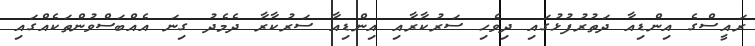
ރައީސްގެ އިންޑިއާ ދަތުރުފުޅުގައި ދިވެހި ސަރުކާރާއި އިންޑިއާ ސަރުކާރާ ދެމެދު ގިނަ އެއްބަސްވުންތަކެއްގައި